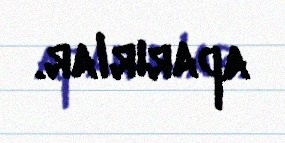
aparırlar.